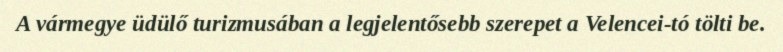
A vármegye üdülő turizmusában a legjelentősebb szerepet a Velencei-tó tölti be.